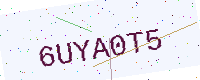
Text: 6UYA0T5